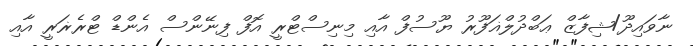
ނާވައިދޫ/ޝިފާޒް ޢަބްދުލްޣަފޫރު ޔޫސުފް އާއި މިނިސްޓްރީ އޮފް ފިނޭންސް އެންޑް ޓްރެޜަރީ އާއި